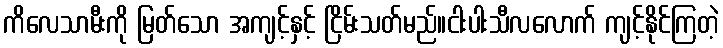
ကိလေသာမီးကို မြတ်သော အကျင့်နှင့် ငြိမ်းသတ်မည်။ငါးပါးသီလလောက် ကျင့်နိုင်ကြတဲ့